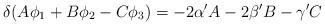
LaTeX: \begin{align*}\delta(A\phi_1+B\phi_2-C\phi_3)= -2\alpha' A-2\beta'B-\gamma'C\end{align*}